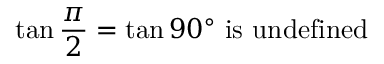
\tan { \frac { \pi } { 2 } } = \tan 9 0 ^ { \circ } { \mathrm { ~ i s ~ u n d e f i n e d } }